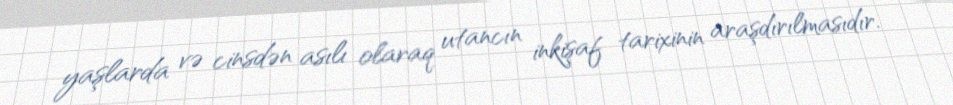
yaşlarda və cinsdən asılı olaraq utancın inkişaf tarixinin araşdırılmasıdır.